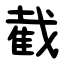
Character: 截